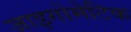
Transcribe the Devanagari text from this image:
जाइगोमेटिक